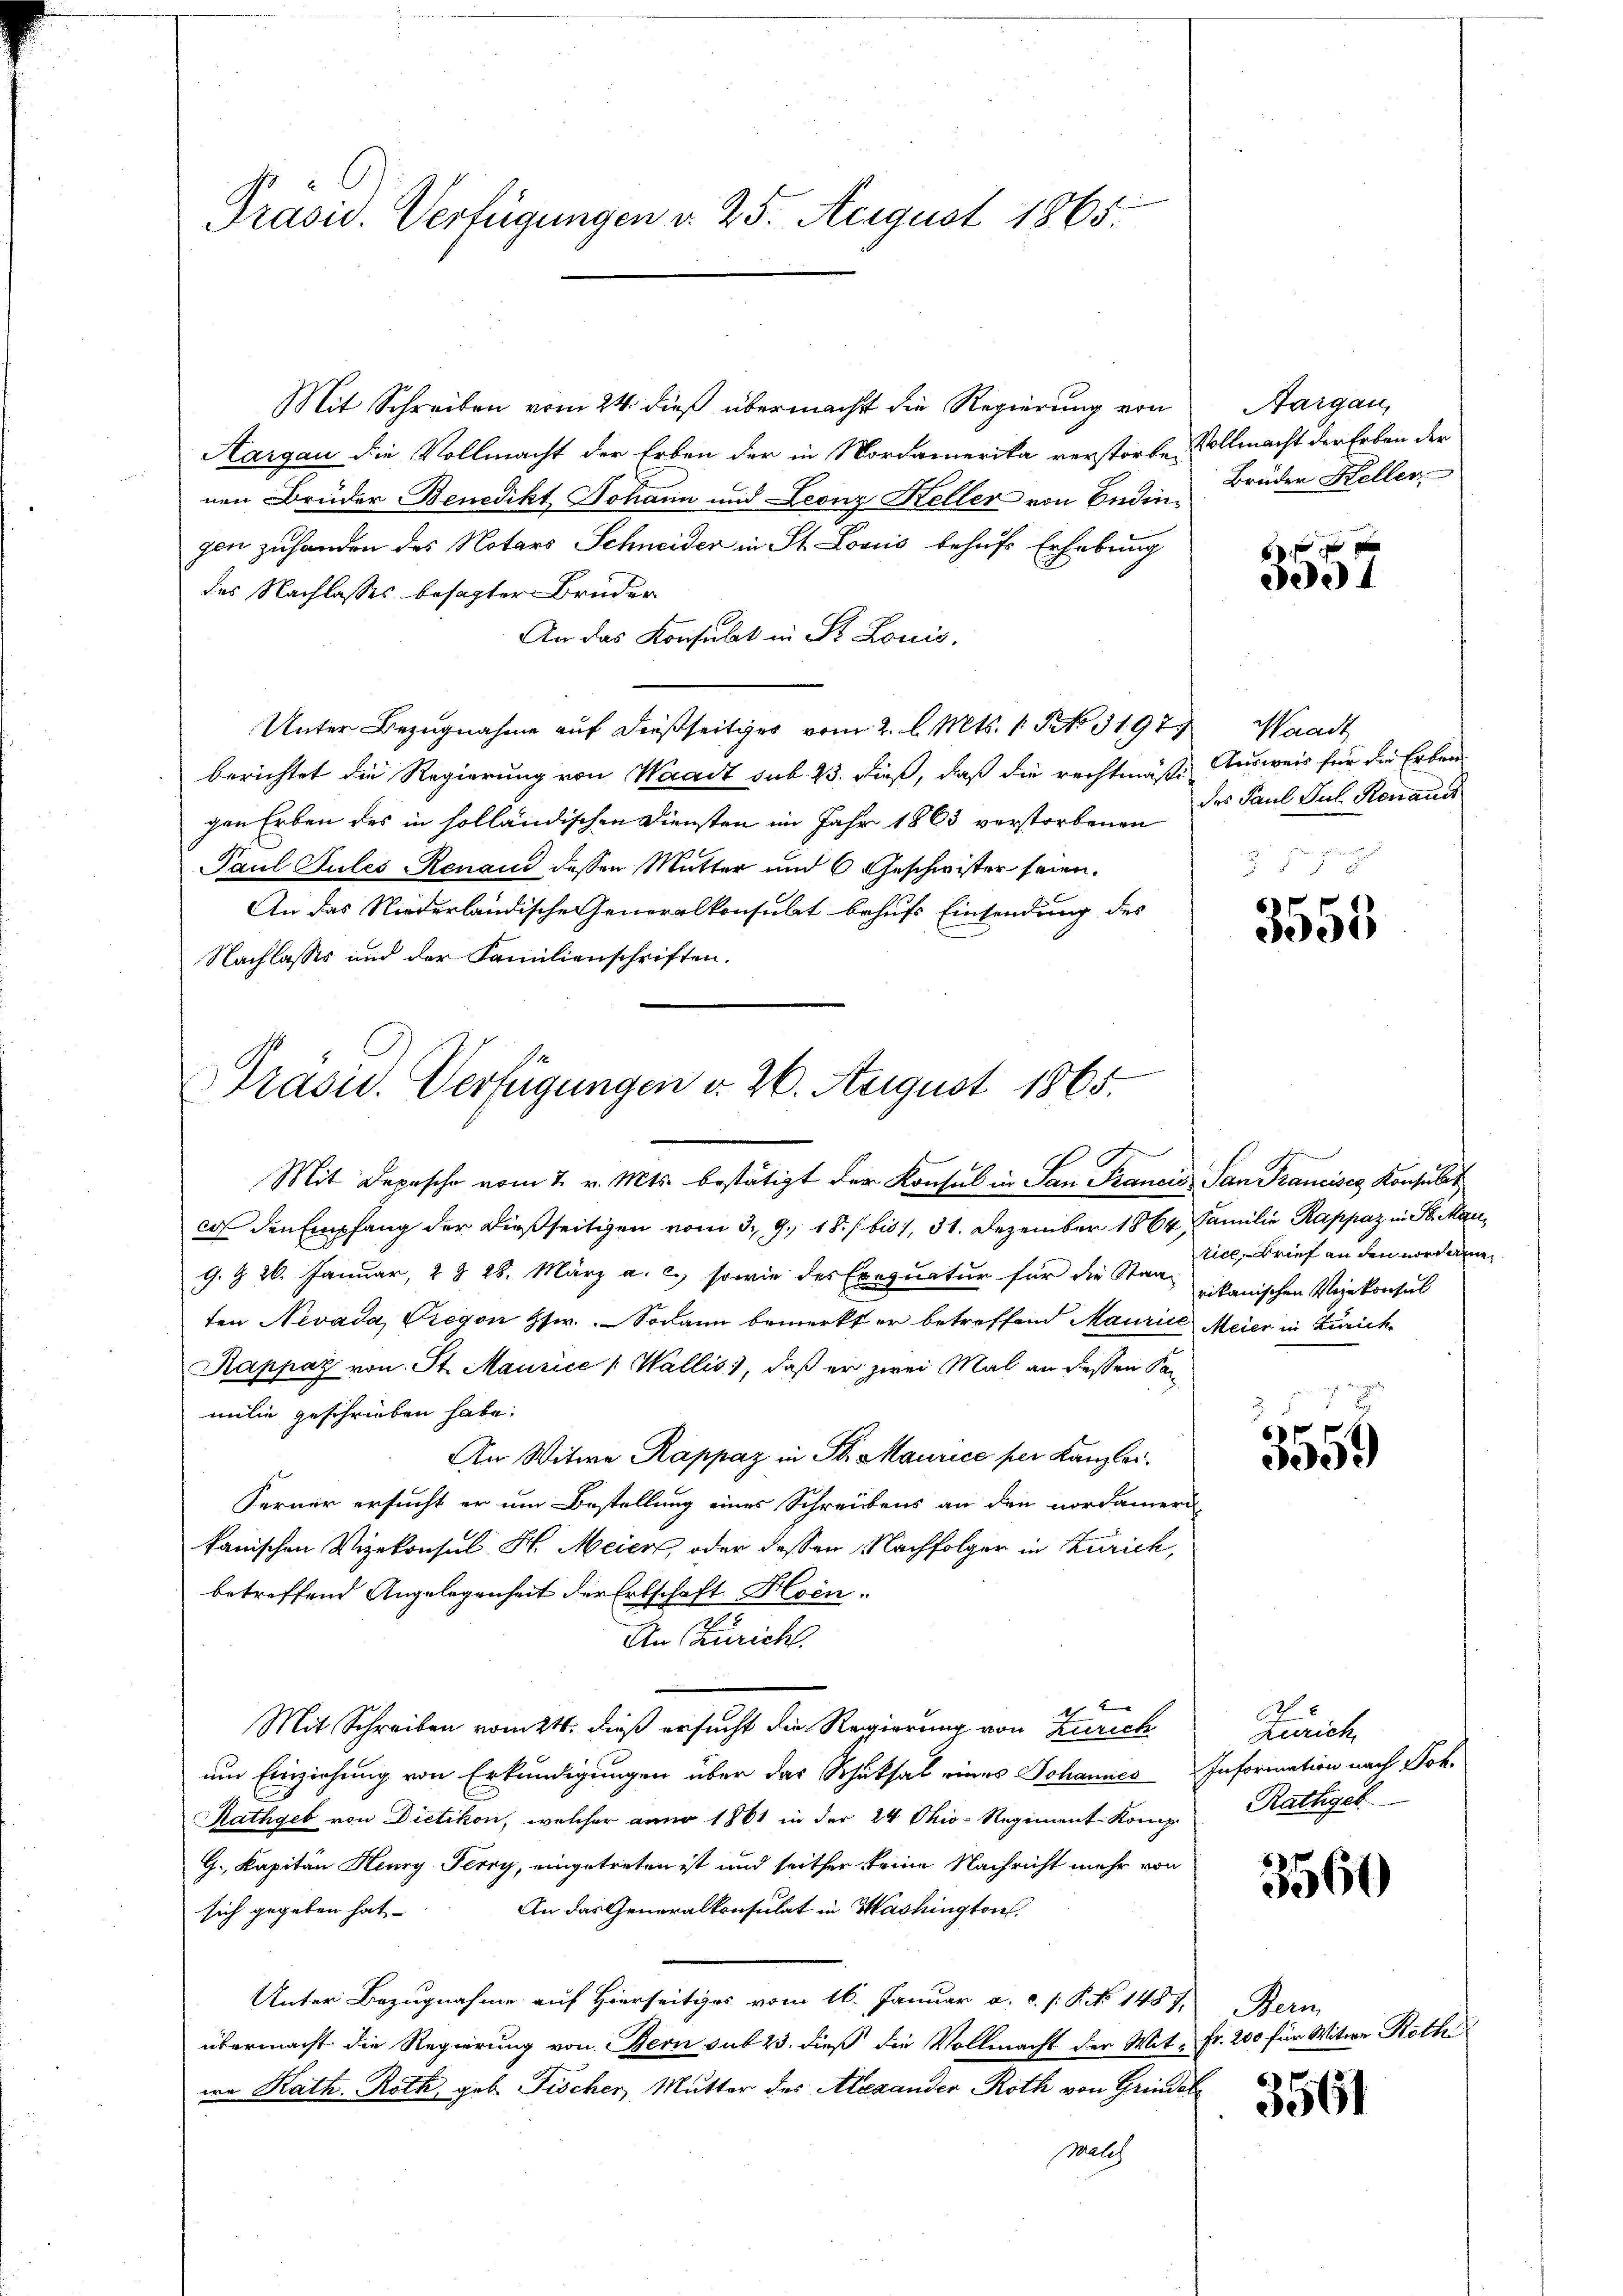
Präsid. Verfügungen v. 25. August 1865.

Präsid. Verfügungen d. 26. August 1865.
n
Mit Depesche vom 2. v. Mts. bestätigt der Konsul in San Francis San Francises Konsult

Mit Schreiben vom 24. dieß übermacht die Regierung von
Aargau die Vollmacht der Erben der in Mordamerika verstorbe, Vollmacht der Erben der
nen Brüder Benedikt Johann und Leonz Keller von Endinzon zuhanden des Notars Schneider in St. Louis behufs Erhebung
des Nachlasses besagter Bruder
An das Konsulat in St. Louis,
Unter Bezugnahme auf dießseitiges vom 2. l. Mts. 1. No. 3197, Waadt
berichtet die Regierung von Waadt sub 23. dieß, daß die rechtmäße Ausweis für die Erben
gen Erben des in holländischen Diensten im Jahr 1863 verstorbenen des Paul Jul. Renauss
Paul Pules Renaud dessen Mutter und 6 Geschwister seien.
An das Niederländische eneralkonsulat behufs Einsendung des
Nachlasses und der Familienschriften.

Aargau,
Bruder Keller

cas den Empfang der dießseitigen vom 3. 9. 18. / bis 1, 31. Dezember 1864, Familie Rappaz in St. Man
G. § 26. Januar, 2 § 28. März a. c.) sowie des Exequatur für die Staat zikanischen Verekonsul
ten Nevada, Gregon Hr. Sodann bemerkt er betreffend Maurice Meier in Zürich
Kappaz von St. Maurice " Wallis, daß er zwei Mal an dessen Kan
milie geschrieben habe.
An Witwe Rappaz in St. Maurice per Kanzlei.
Ferner ersucht er um Bestellung eines Schreibens an den nordameri
kanischen Vizekonsul H. Meier oder dessen Nachfolger in Zürich,
betreffend Angelegenheit der Erbschaft Hoen.
An Zürich.
Mit Schreiben vom 21. dieß ersucht die Regierung von Zürich
um Einziehung von Erkundigungen über das Schicksal eines Johannes Information nach Joh.
Rathgeb von Dietikon, welcher anno 1861 in der 24 Ohio-Regiment Komp
G., Kapitan Henry Terry, eingetreten ist und seither keine Nachricht mehr von
An das Generalkonsulat in Washington,
sich gegeben hat.
Unter Bezugnahme auf Hierseitiges vom 16. Januar a. c. s. S. 1487. Bern
übermacht die Regierung von Bern sub 23. dieß die Vollmacht der Wit- Fr. 200 für Witwe Roth
wa Kath. Roth geb. Fischer, Mutter des Alexander Roth von Grindet
walch

61 f 0 x
dee

2 § 8

3555

tice, Brief an den vorden

f
300

Pundt,
Rathgeb.

3560

3561